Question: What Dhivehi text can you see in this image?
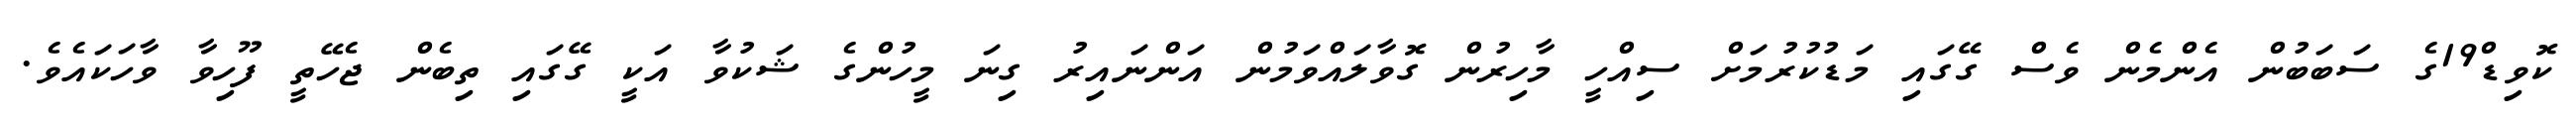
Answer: ކޮވިޑް19ގެ ސަބަބުން އެންމެން ވެސް ގޭގައި މަޑުކުރުމަށް ސިއްހީ މާހިރުން ގޮވާލައްވަމުން އަންނައިރު ގިނަ މީހުންގެ ޝަކުވާ އަކީ ގޭގައި ތިބެން ޖެހޭތީ ފޫހިވާ ވާހަކައެވެ.